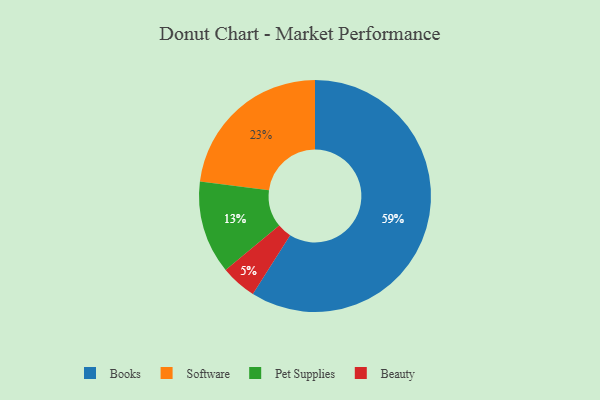
{"axis": {"x": "Category", "y": "Percentage"}, "legend": ["Beauty", "Books", "Pet Supplies", "Software"], "data": [{"x": "Software", "y": 23, "type": "Software"}, {"x": "Beauty", "y": 5, "type": "Beauty"}, {"x": "Pet Supplies", "y": 13, "type": "Pet Supplies"}, {"x": "Books", "y": 59, "type": "Books"}]}